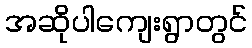
အဆိုပါကျေးရွာတွင်